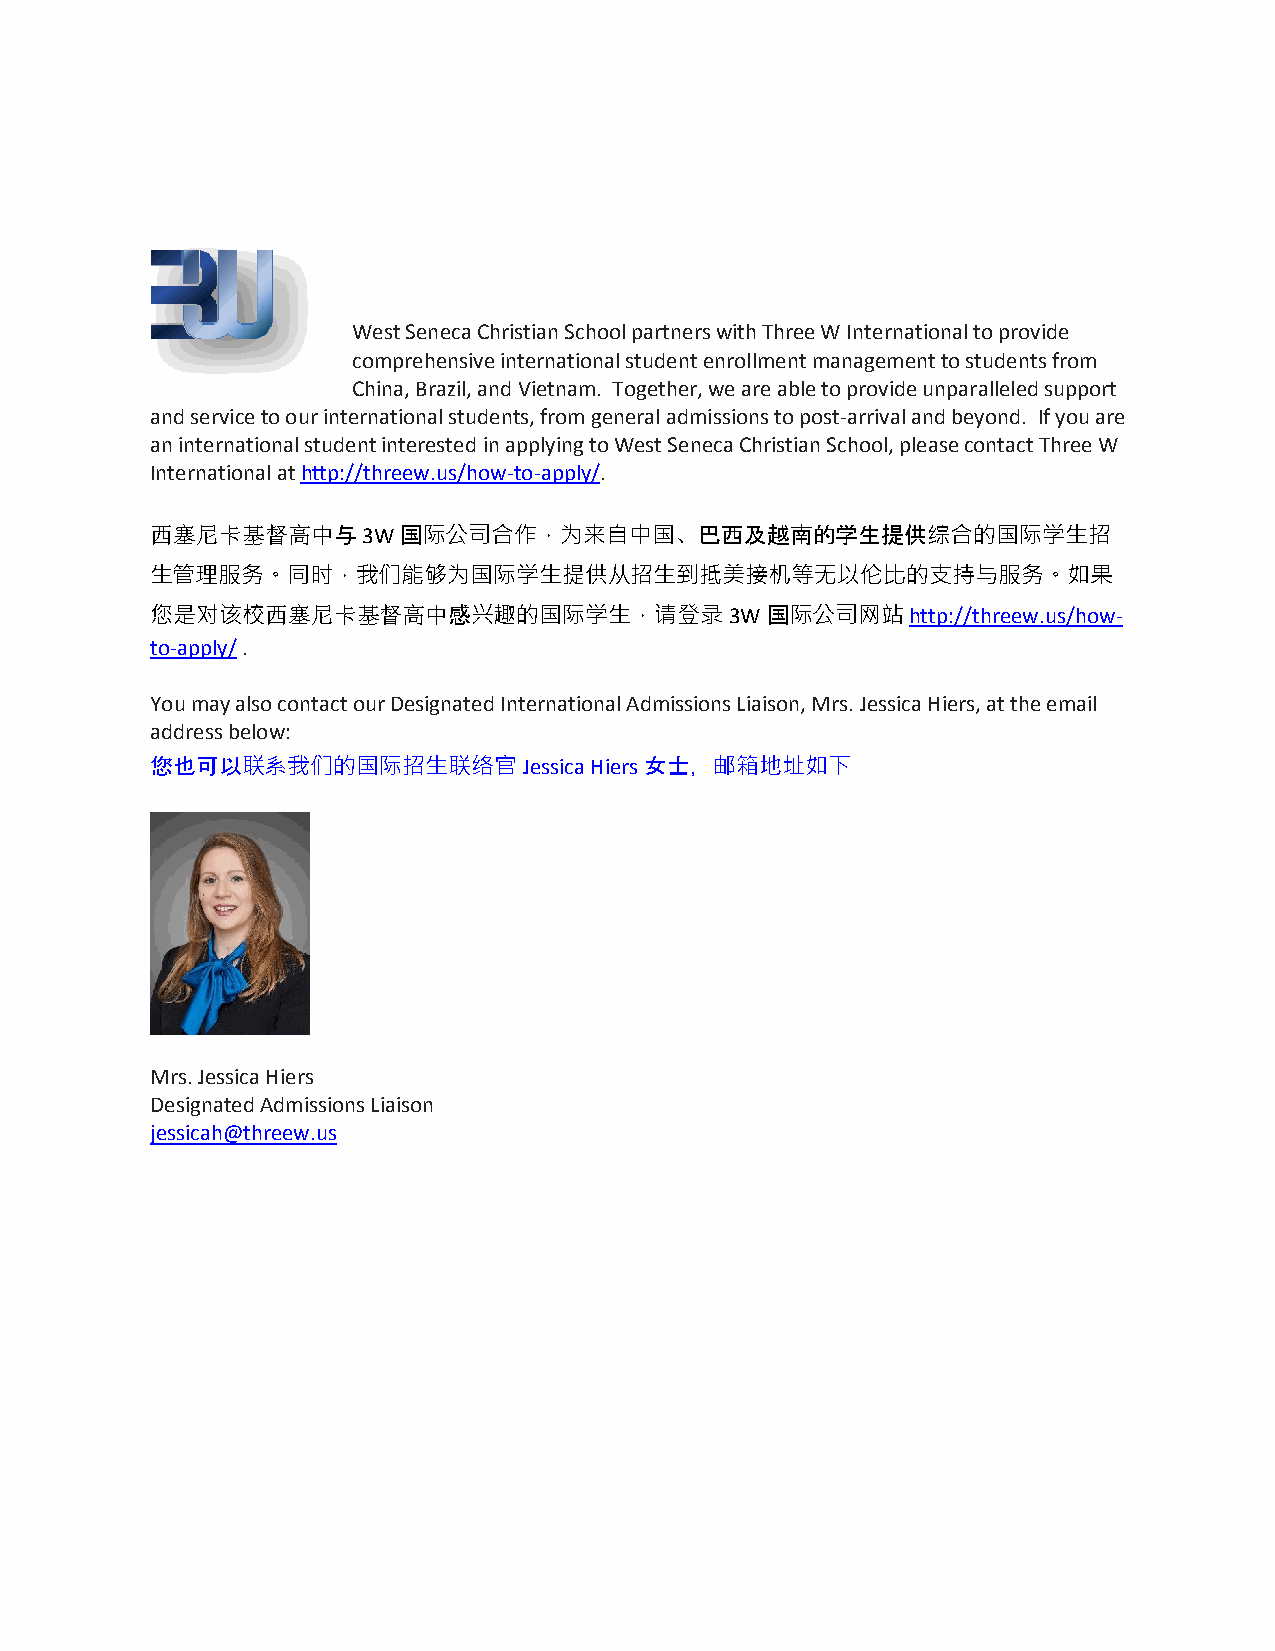
West Seneca Christian School partners with Three W International to provide
 comprehensive international student enrollment management to students from
 China, Brazil, and Vietnam. Together, we are able to provide unparalleled support
 and service to our international students, from general admissions to post-arrival and beyond. If you are
 an international student interested in applying to West Seneca Christian School, please contact Three W
 International at http://threew.us/how-to-apply/.
 西塞尼卡基督高中与3W国际公司合作，为来自中国、巴西及越南的学生提供综合的国际学生招
 生管理服务。同时，我们能够为国际学生提供从招生到抵美接机等无以伦比的支持与服务。如果
 您是对该校西塞尼卡基督高中感兴趣的国际学生，请登录3W国际公司网站                 http://threew.us/how-
 to-apply/ .
 You may also contact our Designated International Admissions Liaison, Mrs. Jessica Hiers, at the email
 address below:
 您也可以联系我们的国际招生联络官Jessica      Hiers女士，邮箱地址如下
 Mrs. Jessica Hiers
 Designated Admissions Liaison
 jessicah@threew.us